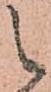
被